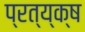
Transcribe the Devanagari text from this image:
प्रत्य्क्ष